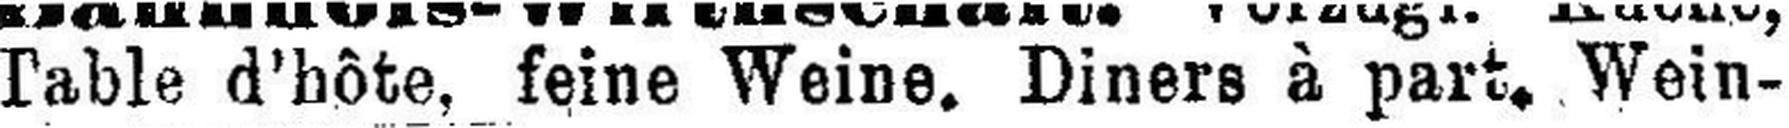
Table dhôte, feine Weine. Diners à part. Wein¬